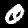
Digit: 0